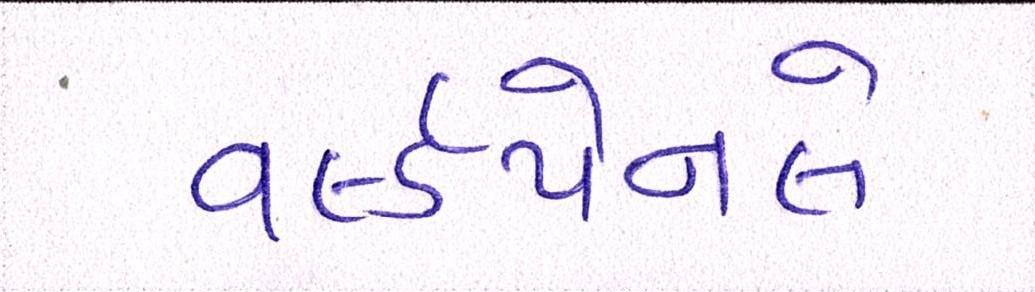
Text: વર્લ્ડપેનલે